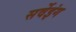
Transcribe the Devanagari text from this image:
सर्वेइंग